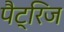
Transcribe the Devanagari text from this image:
पैट्रिज